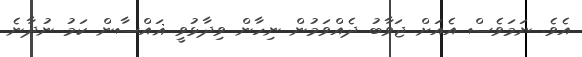
އެވެ. ނަމަވެސް އެއަށް ޖަވާބު ދެއްވަމުން ނިހާން ވިދާޅުވީ ޣައްސާން ކަމު ނުދާނެ